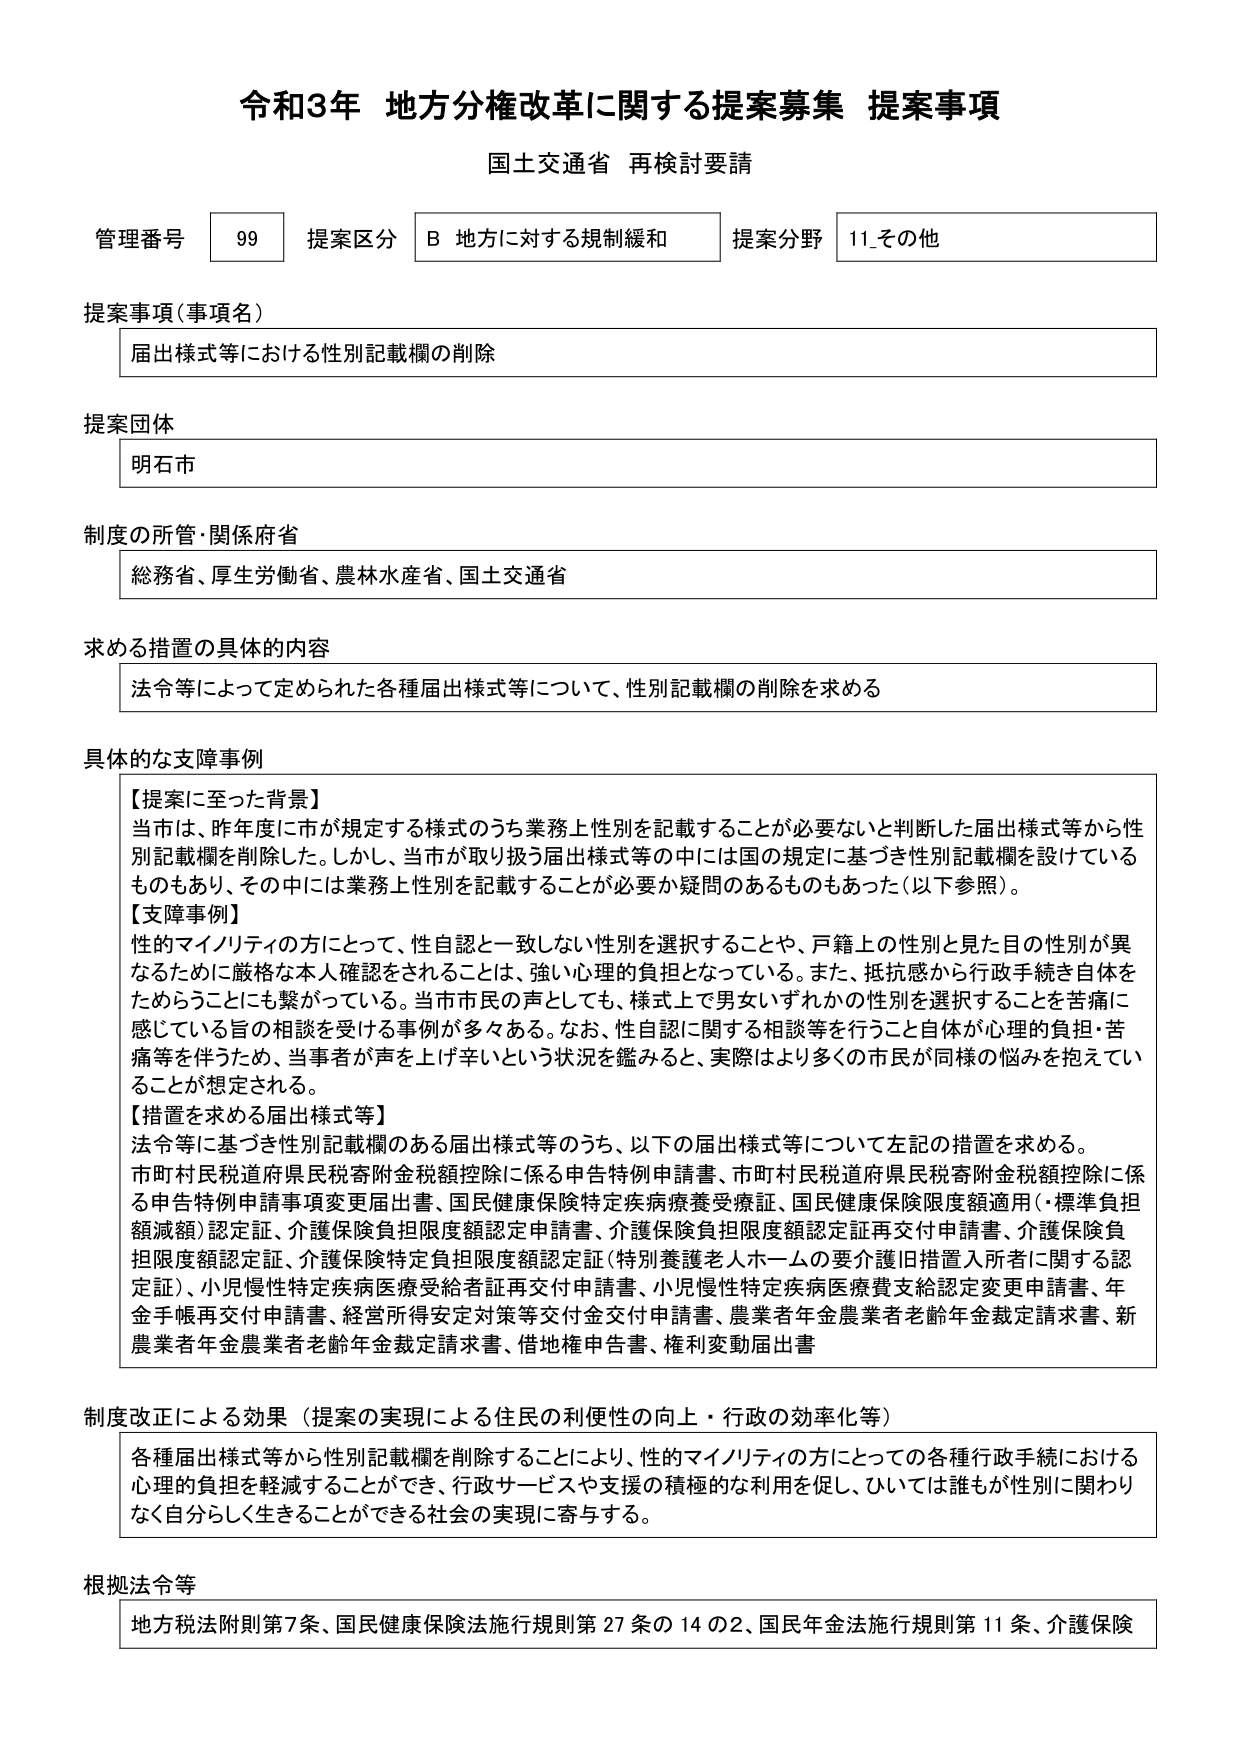
令和3年 地方分権改革に関する提案募集 提案事項
国土交通省 再検討要請

管理番号 99 提案区分 B 地方に対する規制緩和 提案分野 11_その他

提案事項（事項名）
届出様式等における性別記載欄の削除

提案団体
明石市

制度の所管・関係府省
総務省、厚生労働省、農林水産省、国土交通省

求める措置の具体的内容
法令等によって定められた各種届出様式等について、性別記載欄の削除を求める

具体的な支障事例
【提案に至った背景】
当市は、昨年度に市が規定する様式のうち業務上性別を記載することが必要ないと判断した届出様式等から性別記載欄を削除した。しかし、当市が取り扱う届出様式等の中には国の規定に基づき性別記載欄を設けているものもあり、その中には業務上性別を記載することが必要か疑問のあるものもあった（以下参照）。
【支障事例】
性的マイノリティの方にとって、性自認と一致しない性別を選択することや、戸籍上の性別と見た目の性別が異なるために厳格な本人確認をされることは、強い心理的負担となっている。また、抵抗感から行政手続き自体をためらうことにも繋がっている。当市市民の声としても、様式上で男女いずれかの性別を選択することを苦痛に感じている旨の相談を受ける事例が多々ある。なお、性自認に関する相談等を行うこと自体が心理的負担・苦痛等を伴うため、当事者が声を上げ辛いという状況を鑑みると、実際はより多くの市民が同様の悩みを抱えていることが想定される。
【措置を求める届出様式等】
法令等に基づき性別記載欄のある届出様式等のうち、以下の届出様式等について左記の措置を求める。
市町村民税道府県民税寄附金税額控除に係る申告特例申請書、市町村民税道府県民税寄附金税額控除に係る申告特例申請事項変更届出書、国民健康保険特定疾病療養受療証、国民健康保険限度額適用（・標準負担額減額）認定証、介護保険負担限度額認定申請書、介護保険負担限度額認定証再交付申請書、介護保険負担限度額認定証、介護保険特定負担限度額認定証（特別養護老人ホームの要介護旧措置入所者に関する認定証）、小児慢性特定疾病医療受給者証再交付申請書、小児慢性特定疾病医療費支給認定変更申請書、年金手帳再交付申請書、経営所得安定対策等交付金交付申請書、農業者年金農業者老齢年金裁定請求書、新農業者年金農業者老齢年金裁定請求書、借地権申告書、権利変動届出書

制度改正による効果（提案の実現による住民の利便性の向上・行政の効率化等）
各種届出様式等から性別記載欄を削除することにより、性的マイノリティの方にとっての各種行政手続における心理的負担を軽減することができ、行政サービスや支援の積極的な利用を促し、ひいては誰もが性別に関わりなく自分らしく生きることができる社会の実現に寄与する。

根拠法令等
地方税法附則第7条、国民健康保険法施行規則第27条の14の2、国民年金法施行規則第11条、介護保険